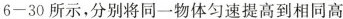
6-30所示，分别将同一物体匀速提高到相同高